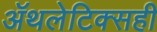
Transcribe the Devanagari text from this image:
ॲथलेटिक्सही